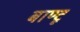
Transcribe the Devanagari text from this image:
बाण्टू